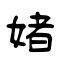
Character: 媎